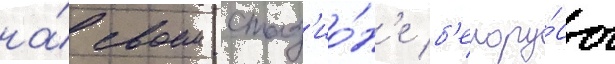
на́ своем стад'ио́н'е б'елору́сы